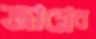
জাগ্রেব